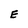
Character: E